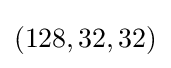
(128,32,32)